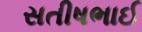
સતીષભાઈ